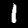
Digit: 1